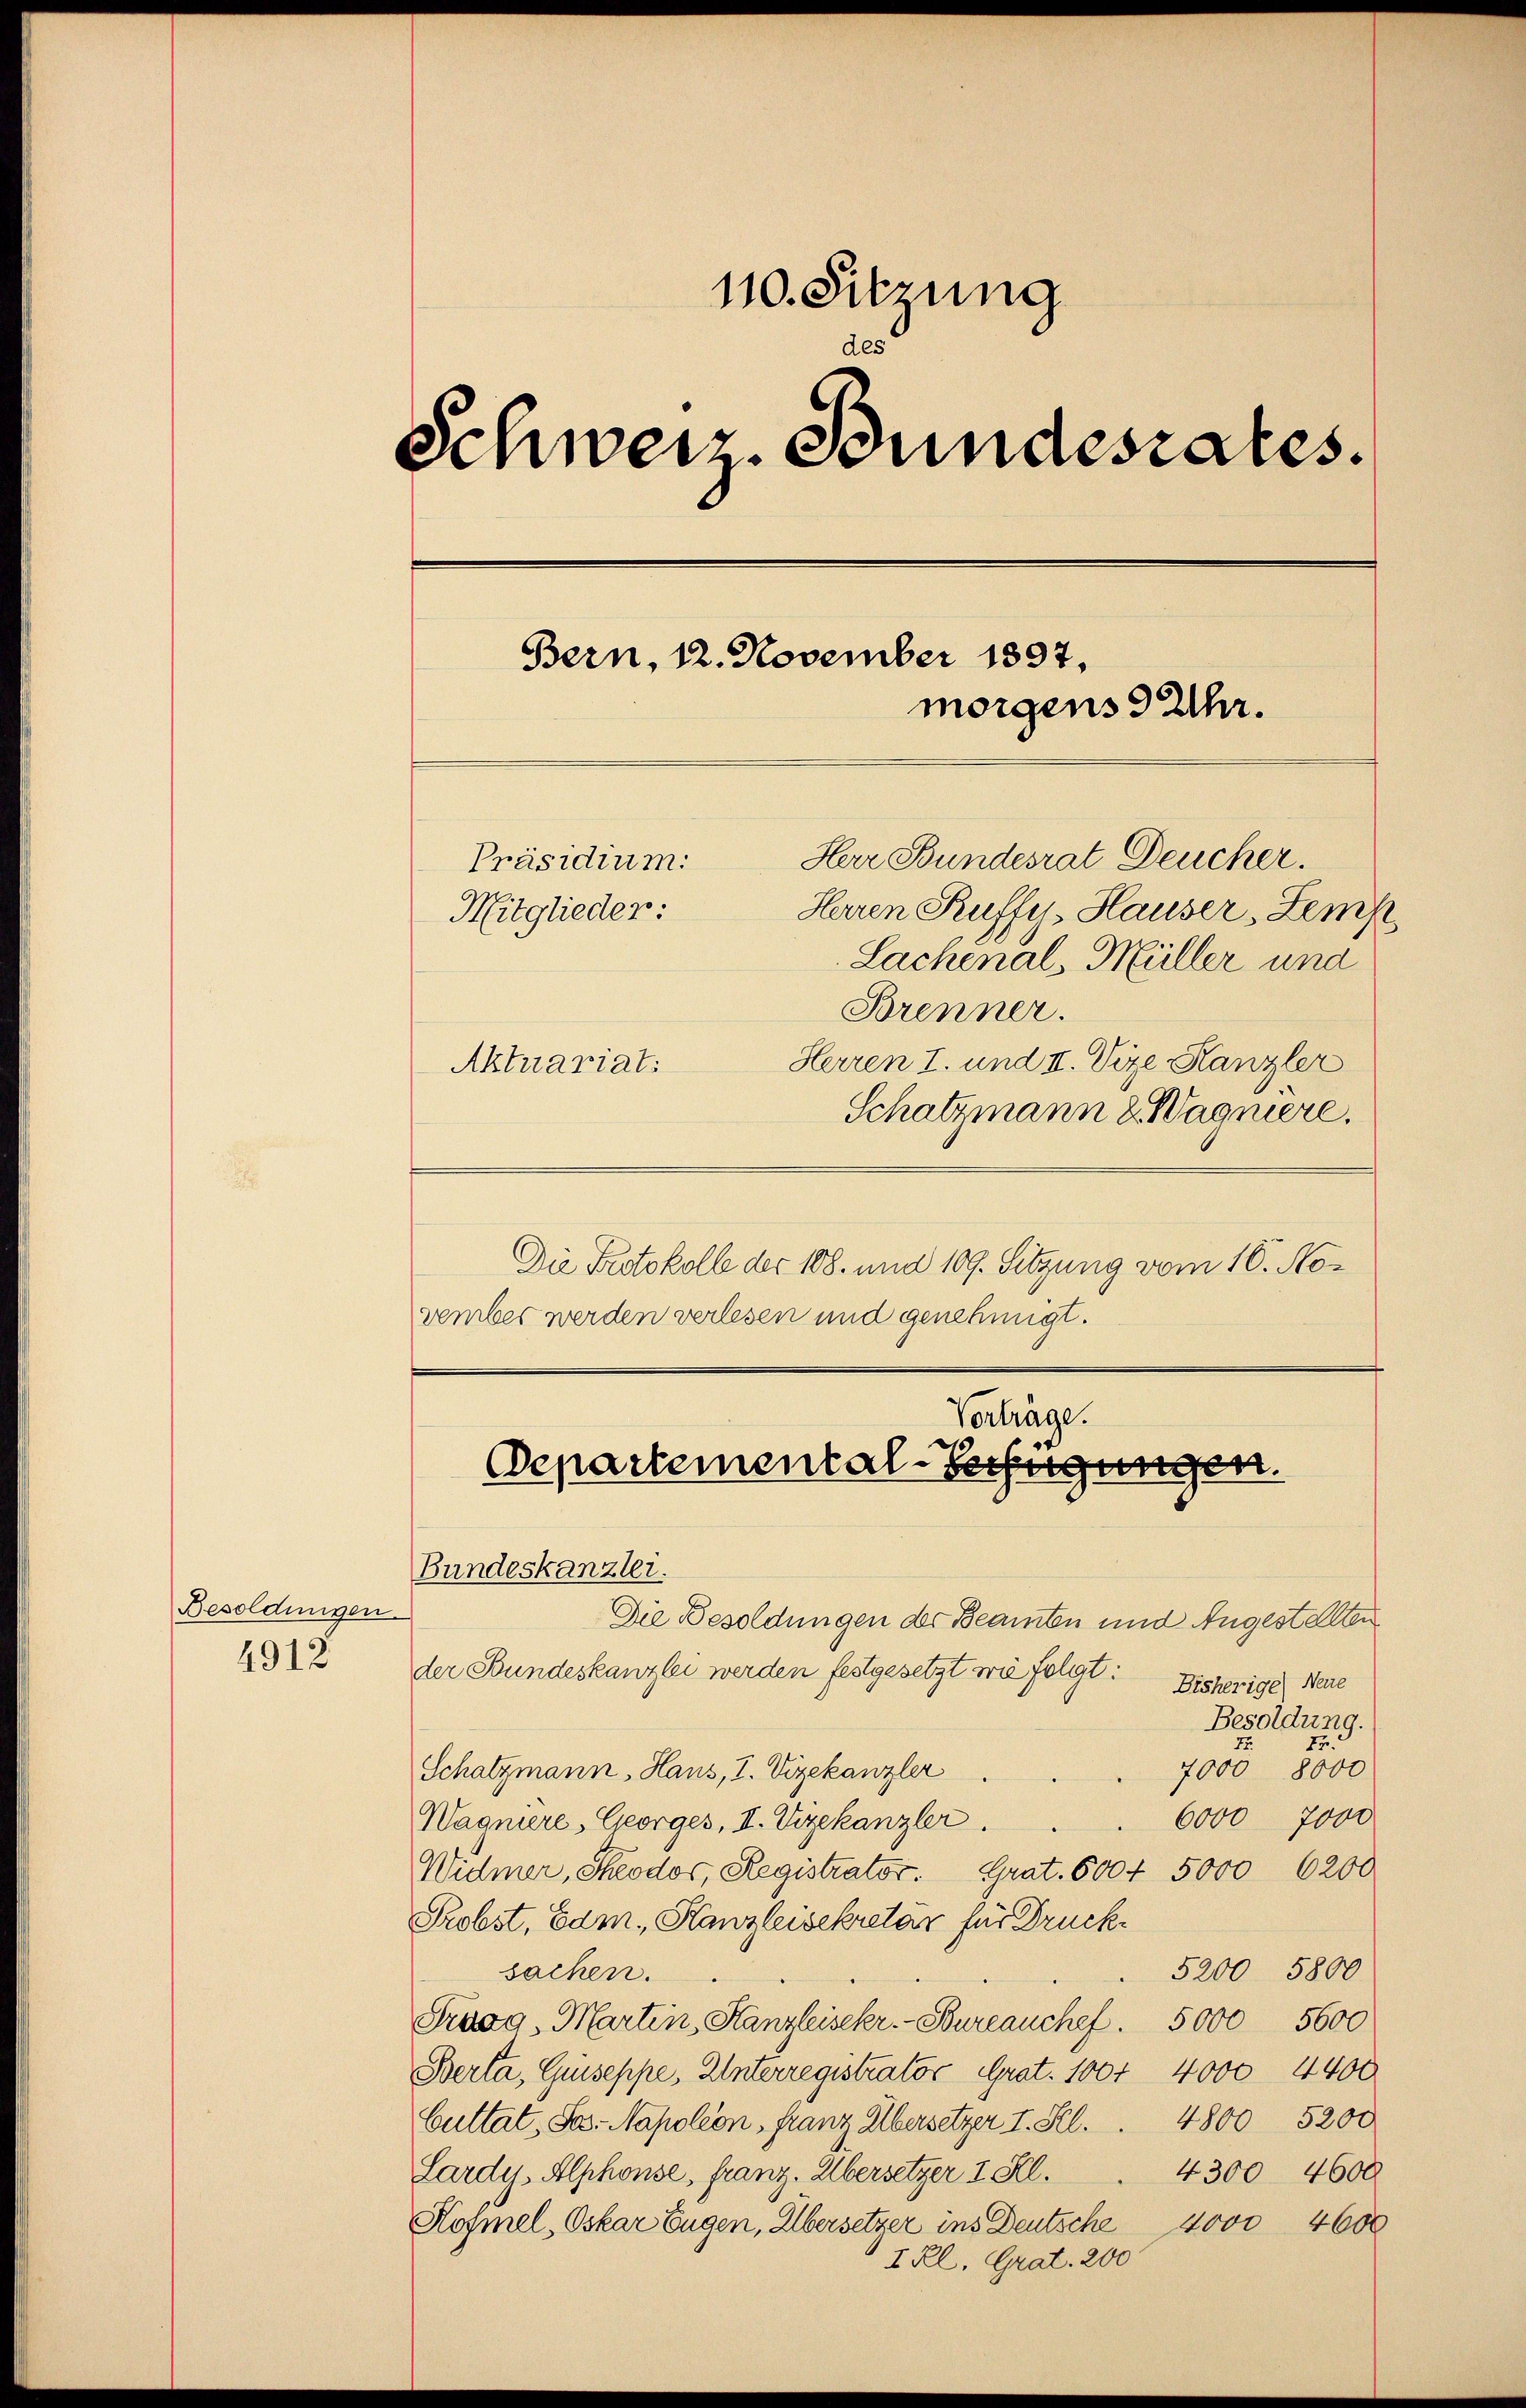
Besoldungen.
4912

110. Sitzung
des
Schweiz. Bundesrates.
Bern, 12. November 1897.
morgens 9 Uhr.
Herr Bundesrat Deucher.
Präsidium.
Mitglieder:
Herren Ruffys, Hauser, Zemp
Lachenal, Müller und
Brenner.
Herren 7. und II. Vize Kanzler
Aktuariat.
Schatzmann & Wagniere.

Die Protokolle der 108. und 109. Sitzung vom 16. November werden verlesen und genehmigt.

Vorträge.
Departemental-Verfügungen.
Bundeskanzlei.
Die Besoldungen der Beamten und Angestellten

der Bundeskanzlei werden festgesetzt wie folgt: Bisherige Neue
Besoldung.
72
22.
7000 8000
Schatzmann, Haus, I. Vizekanzler
6000 7000
Wagniere, Georges, II. Vizekanzler.
Widmer, Steodos, Registrator. Grat. 600 f 5000 6200
Probst, Edm. Kanzleisekretär für Druck¬
5200 5800
sachen.
Prugg, Martin, Kanzleisekr. - Bureauchef. 5000 5600
Berta, Guseppe, Unterregistrator Grat. 1007 4000. 4400
buttat, Jos. Napoléon, Franz Albersetzer I. Kl. . 4800 5200
4300 4600
Lardy, Alphonse, franz. Übersetzer I Fl.
Hofmel, Oskar Eugen, Übersetzer ins Deutsche 4000 4600
I Rl. Grat. 200